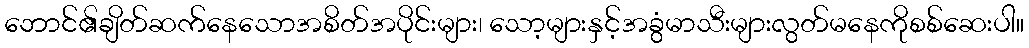
ဘောင်၏ချိတ်ဆက်နေသောအစိတ်အပိုင်းများ၊ သော့များနှင့်အခွံမာသီးများလွတ်မနေကိုစစ်ဆေးပါ။